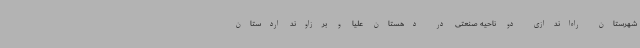
شهرستان راه‌اندازی دو ناحیه صنعتی در دهستان علیا و برزاوند اردستان